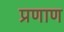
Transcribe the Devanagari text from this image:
प्रणाण